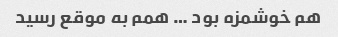
هم خوشمزه بود … همم به موقع رسید